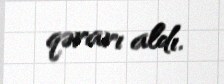
qərarı aldı.